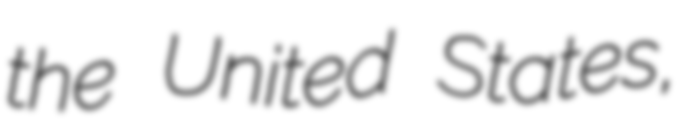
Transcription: the United States,